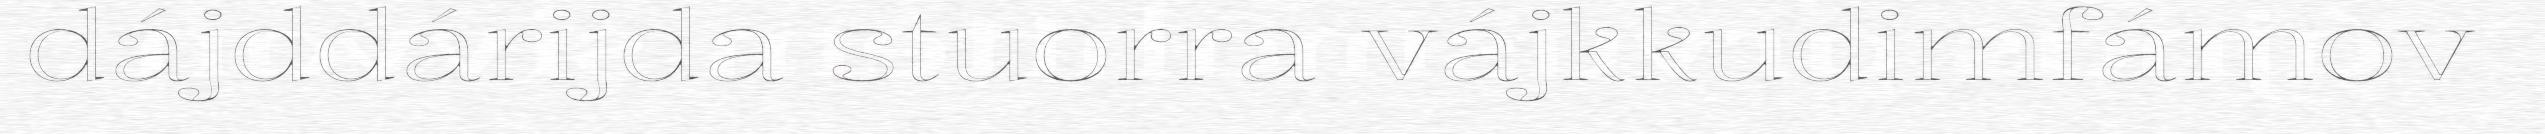
dájddárijda stuorra vájkkudimfámov